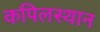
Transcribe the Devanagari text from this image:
कपिलस्थान